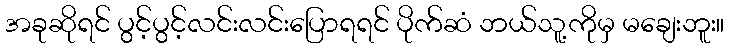
အခုဆိုရင် ပွင့်ပွင့်လင်းလင်းပြောရရင် ပိုက်ဆံ ဘယ်သူ့ကိုမှ မချေးဘူး။